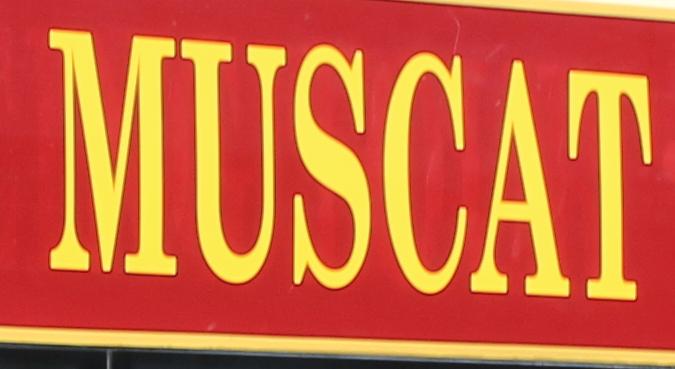
muscat